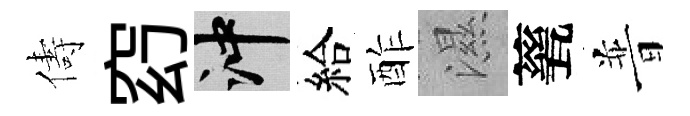
儔𥥆冲給酢濕甆普